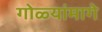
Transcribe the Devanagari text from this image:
गोळ्यांमागे